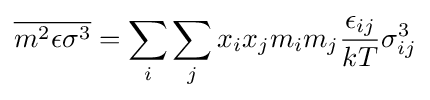
{\overline {m^{2}\epsilon \sigma ^{3}}}=\sum _{i}\sum _{j}{x_{i}x_{j}m_{i}m_{j}{\frac {\epsilon _{ij}}{kT}}\sigma _{ij}^{3}}